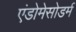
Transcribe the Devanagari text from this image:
एंडोमेसोडर्म